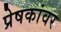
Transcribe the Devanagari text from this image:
प्रेषकांवर